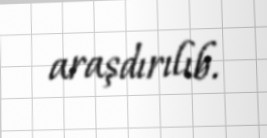
araşdırılıb.